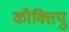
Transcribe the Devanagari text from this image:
कौक्तियु